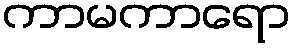
ကာမကာရော